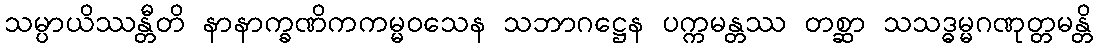
သမ္ပာယိဿန္တီတိ နာနာက္ခဏိကကမ္မဝသေန သဘာဂဋ္ဌေန ပက္ကမန္တဿ တစ္ဆာ သသဒ္ဓမ္မဂဏုတ္တမန္တိ